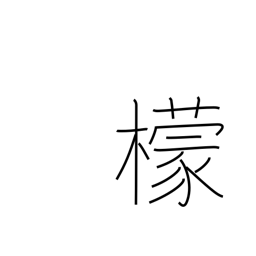
Meaning: lemon tree